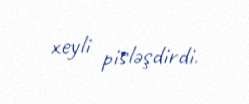
xeyli pisləşdirdi.